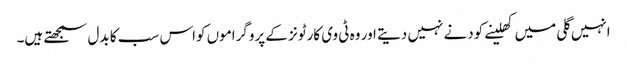
انہیں گلی میں کھلینے کودنے نہیں دیتے اور وہ ٹی وی کارٹونز کے پروگراموں کواس سب کا بدل سمجھتے ہیں۔